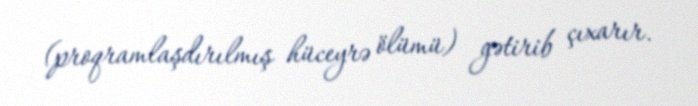
(proqramlaşdırılmış hüceyrə ölümü) gətirib çıxarır.